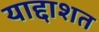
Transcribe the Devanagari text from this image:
याद्दाशत